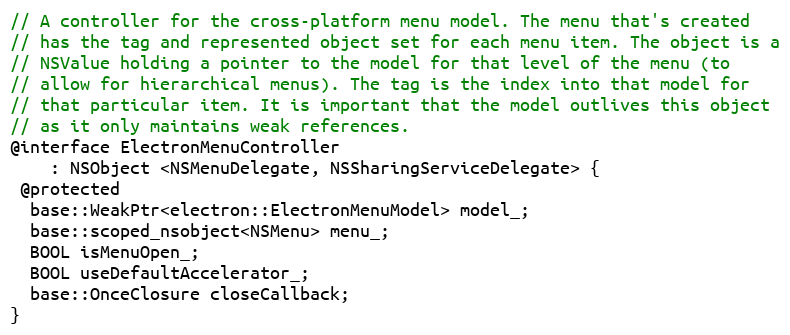
Language: C
// A controller for the cross-platform menu model. The menu that's created
// has the tag and represented object set for each menu item. The object is a
// NSValue holding a pointer to the model for that level of the menu (to
// allow for hierarchical menus). The tag is the index into that model for
// that particular item. It is important that the model outlives this object
// as it only maintains weak references.
@interface ElectronMenuController
    : NSObject <NSMenuDelegate, NSSharingServiceDelegate> {
 @protected
  base::WeakPtr<electron::ElectronMenuModel> model_;
  base::scoped_nsobject<NSMenu> menu_;
  BOOL isMenuOpen_;
  BOOL useDefaultAccelerator_;
  base::OnceClosure closeCallback;
}